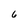
Character: 6